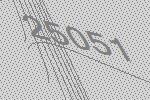
25051